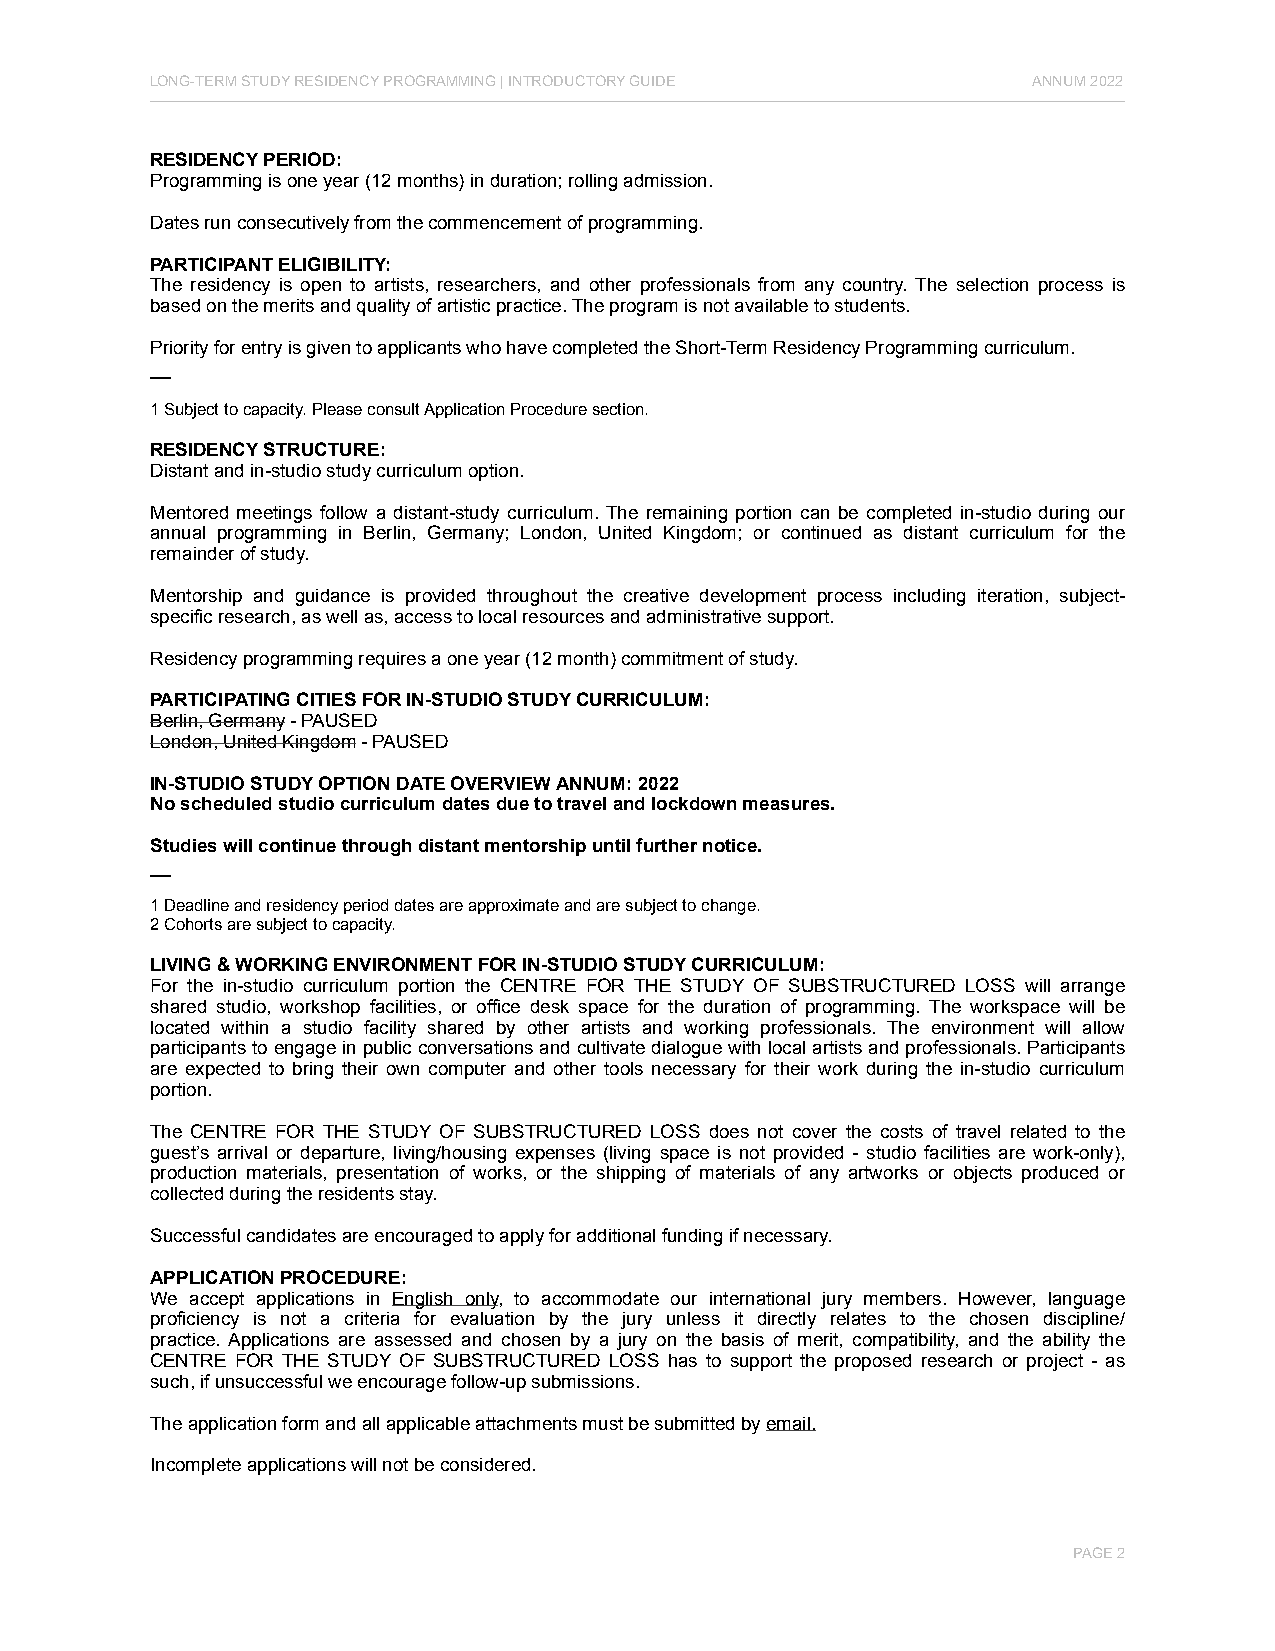
LONG-TERM STUDY RESIDENCY PROGRAMMING | INTRODUCTORY GUIDE ANNUM 2022
 RESIDENCY PERIOD:
 Programming is one year (12 months) in duration; rolling admission.
 Dates run consecutively from the commencement of programming.
 PARTICIPANT ELIGIBILITY:
 The residency is open to artists, researchers, and other professionals from any country. The selection process is
 based on the merits and quality of artistic practice. The program is not available to students.
 Priority for entry is given to applicants who have completed the Short-Term Residency Programming curriculum.
 __
 1 Subject to capacity. Please consult Application Procedure section.
 RESIDENCY STRUCTURE:
 Distant and in-studio study curriculum option.
 Mentored meetings follow a distant-study curriculum. The remaining portion can be completed in-studio during our
 annual programming in Berlin, Germany; London, United Kingdom; or continued as distant curriculum for the
 remainder of study.
 Mentorship and guidance is provided throughout the creative development process including iteration, subject-
 specific research, as well as, access to local resources and administrative support.
 Residency programming requires a one year (12 month) commitment of study.
 PARTICIPATING CITIES FOR IN-STUDIO STUDY CURRICULUM:
 Berlin, Germany - PAUSED
 London, United Kingdom - PAUSED
 IN-STUDIO STUDY OPTION DATE OVERVIEW ANNUM: 2022
 No scheduled studio curriculum dates due to travel and lockdown measures.
 Studies will continue through distant mentorship until further notice.
 __
 1 Deadline and residency period dates are approximate and are subject to change.
 2 Cohorts are subject to capacity.
 LIVING & WORKING ENVIRONMENT FOR IN-STUDIO STUDY CURRICULUM:
 For the in-studio curriculum portion the CENTRE FOR THE STUDY OF SUBSTRUCTURED LOSS will arrange
 shared studio, workshop facilities, or office desk space for the duration of programming. The workspace will be
 located within a studio facility shared by other artists and working professionals. The environment will allow
 participants to engage in public conversations and cultivate dialogue with local artists and professionals. Participants
 are expected to bring their own computer and other tools necessary for their work during the in-studio curriculum
 portion.
 The CENTRE FOR THE STUDY OF SUBSTRUCTURED LOSS does not cover the costs of travel related to the
 guest’s arrival or departure, living/housing expenses (living space is not provided - studio facilities are work-only),
 production materials, presentation of works, or the shipping of materials of any artworks or objects produced or
 collected during the residents stay.
 Successful candidates are encouraged to apply for additional funding if necessary.
 APPLICATION PROCEDURE:
 We accept applications in English only, to accommodate our international jury members. However, language
 proficiency is not a criteria for evaluation by the jury unless it directly relates to the chosen discipline/
 practice. Applications are assessed and chosen by a jury on the basis of merit, compatibility, and the ability the
 CENTRE FOR THE STUDY OF SUBSTRUCTURED LOSS has to support the proposed research or project - as
 such, if unsuccessful we encourage follow-up submissions.
 The application form and all applicable attachments must be submitted by email.
 Incomplete applications will not be considered.
 PAGE 2